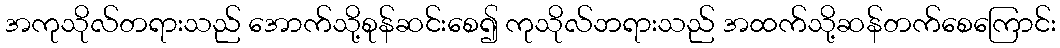
အကုသိုလ်တရားသည် အောက်သို့စုန်ဆင်းစေ၍ ကုသိုလ်ဘရားသည် အထက်သို့ဆန်တက်စေကြောင်း